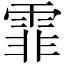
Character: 霏